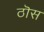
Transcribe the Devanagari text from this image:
ठॊस